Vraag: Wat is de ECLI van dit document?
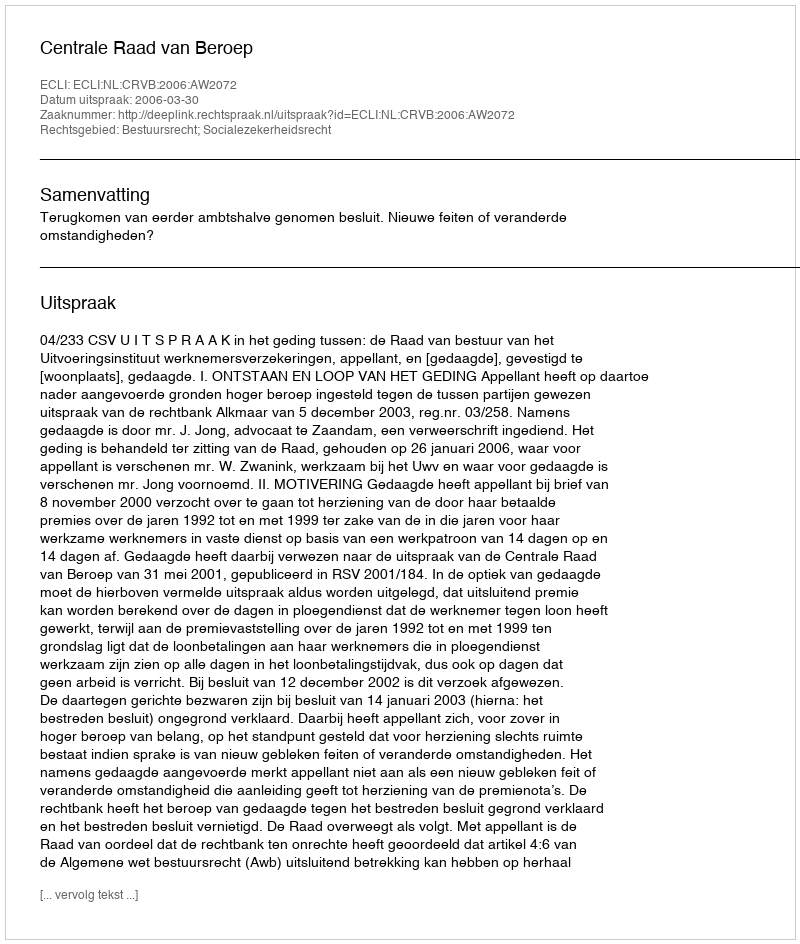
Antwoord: ECLI:NL:CRVB:2006:AW2072